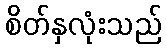
စိတ်နှလုံးသည်